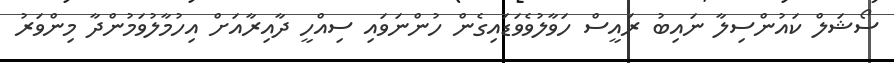
ސޯޝަލް ކައުންސިލާ ނައިބު ރައީސް ހަވާލުވެވަޑައިގެން ހުންނަވައި ސިއްހީ ދާއިރާއަށް އިހުމާލުވަމުންދާ މިންވަރު